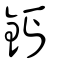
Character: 鈣